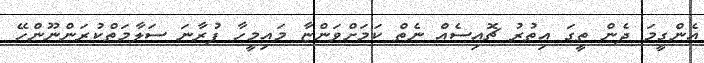
އެންގީމަ ދެން ތީގަ އިތުރު ޗޮއިސެއް ނެތް ކަމަށްވަންޏާ މައިމީހާ ފުރާނަ ސަލާމަތްކުރަންނޫންހޭ